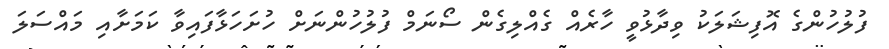
ފުލުހުންގެ އޮފިޝަލަކު ވިދާޅުވީ ހާރެއް ގެއްލިގެން ސޯނަމް ފުލުހުންނަށް ހުށަހަޅާފައިވާ ކަމަށާއި މައްސަލަ